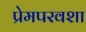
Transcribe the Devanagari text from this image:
प्रेमपरवशा